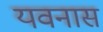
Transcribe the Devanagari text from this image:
यवनास